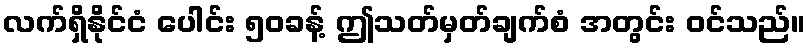
လက်ရှိနိုင်ငံ ပေါင်း ၅၀ခန့် ဤသတ်မှတ်ချက်စံ အတွင်း ဝင်သည်။